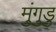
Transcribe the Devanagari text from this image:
मुंगुडु